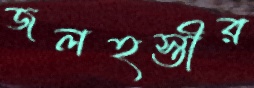
জলহস্তীর